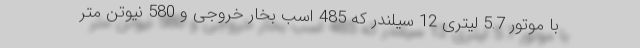
با موتور 5.7 لیتری 12 سیلندر که 485 اسب بخار خروجی و 580 نیوتن متر